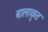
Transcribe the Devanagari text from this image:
बालाकृत